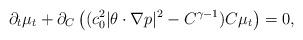
LaTeX: \begin{align*} \partial_t \mu_t + \partial_C \left( (c_0^2 |\theta \cdot \nabla p|^2 -C^{\gamma-1}) C \mu_t \right) = 0,\end{align*}